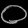
Digit: ၀